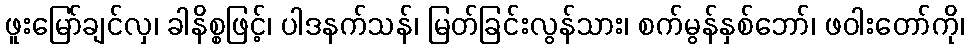
ဖူးမြော်ချင်လှ၊ ခါနိစ္စဖြင့်၊ ပါဒနက်သန်၊ မြတ်ခြင်းလွန်သား၊ စက်မွန်နှစ်ဘော်၊ ဖဝါးတော်ကို၊